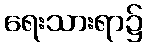
ရေးသားရာ၌